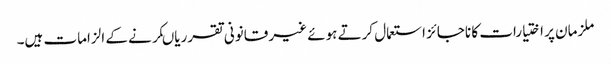
ملزمان پر اختیارات کا ناجائز استعمال کرتے ہوئے غیر قانونی تقرریاںکرنے کے الزامات ہیں۔